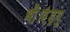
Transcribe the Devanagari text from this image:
थी।एंड्रयू